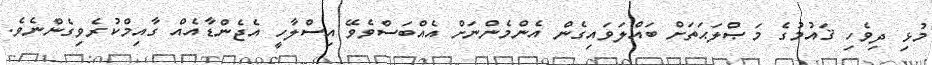
މުޅި ދިވެހި ޤައުމުގެ މަޞްލަޙަތަށް ބައްލަވައިގެން އެންމެންނަށް އެއްބަސްވެވޭ އިސްލާހީ އެޖެންޑާއެއް ގާއިމްކުރެވިގެންނެވެ.